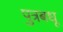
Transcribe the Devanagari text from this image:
पुत्रबधू